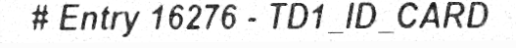
# Entry 16276 - TD1_ID_CARD